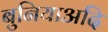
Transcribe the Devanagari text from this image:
बुनियाअदि